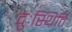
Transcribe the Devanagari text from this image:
दुःस्थिति